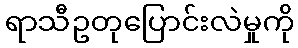
ရာသီဥတုပြောင်းလဲမှုကို